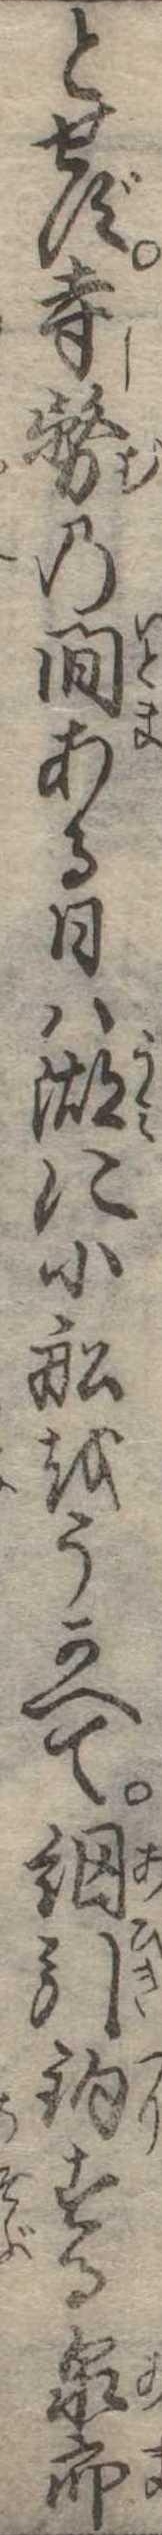
とせず寺務の間ある日は湖に小船をうかべて網引釣する泉郎